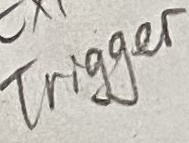
Text: Trigger